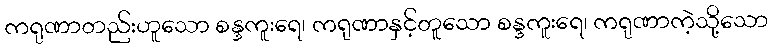
ကရုဏာတည်းဟူသော စန္ဒကူးရေ၊ ကရုဏာနှင့်တူသော စန္ဒကူးရေ၊ ကရုဏာကဲ့သို့သော